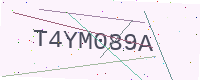
Text: T4YM089A